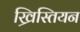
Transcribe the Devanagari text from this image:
ख्रिस्तियन